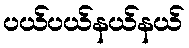
ပယ်ပယ်နယ်နယ်